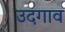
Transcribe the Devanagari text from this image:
उदगाव